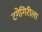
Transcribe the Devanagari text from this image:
टगेगिरीला